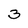
Character: 3